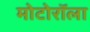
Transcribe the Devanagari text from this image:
मोटोरॉला